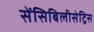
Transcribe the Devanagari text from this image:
सेंसिबिलीसेट्रिस